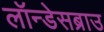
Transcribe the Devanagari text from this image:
लॉन्डेसब्राउ